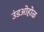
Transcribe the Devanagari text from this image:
उंडओहोळ